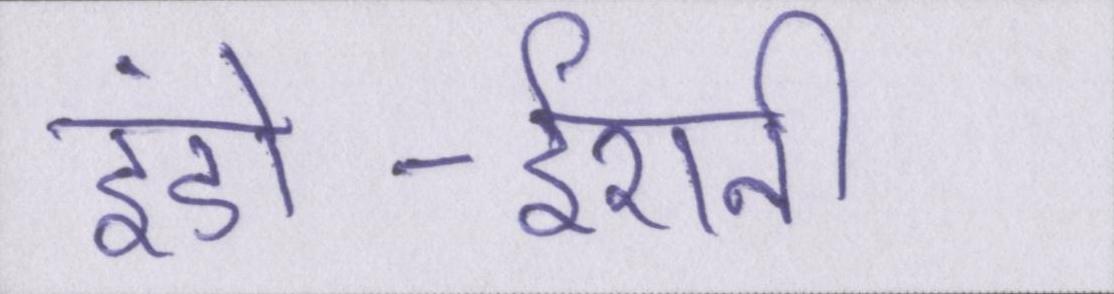
इंडो-ईरानी